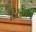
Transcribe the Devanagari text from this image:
डिस्टेंशन